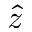
\hat { z }